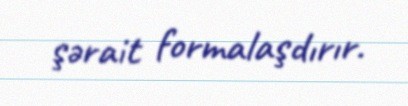
şərait formalaşdırır.